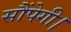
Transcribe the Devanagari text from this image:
सौंपेगी।